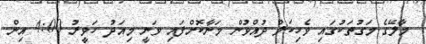
މާލޭގެ މަގުތަކުގައި ވެހިކަލް ދުއްވުން މަނާކޮށްފައި ވަނީ މިއަދު ހަވީރު 4:00 އިން